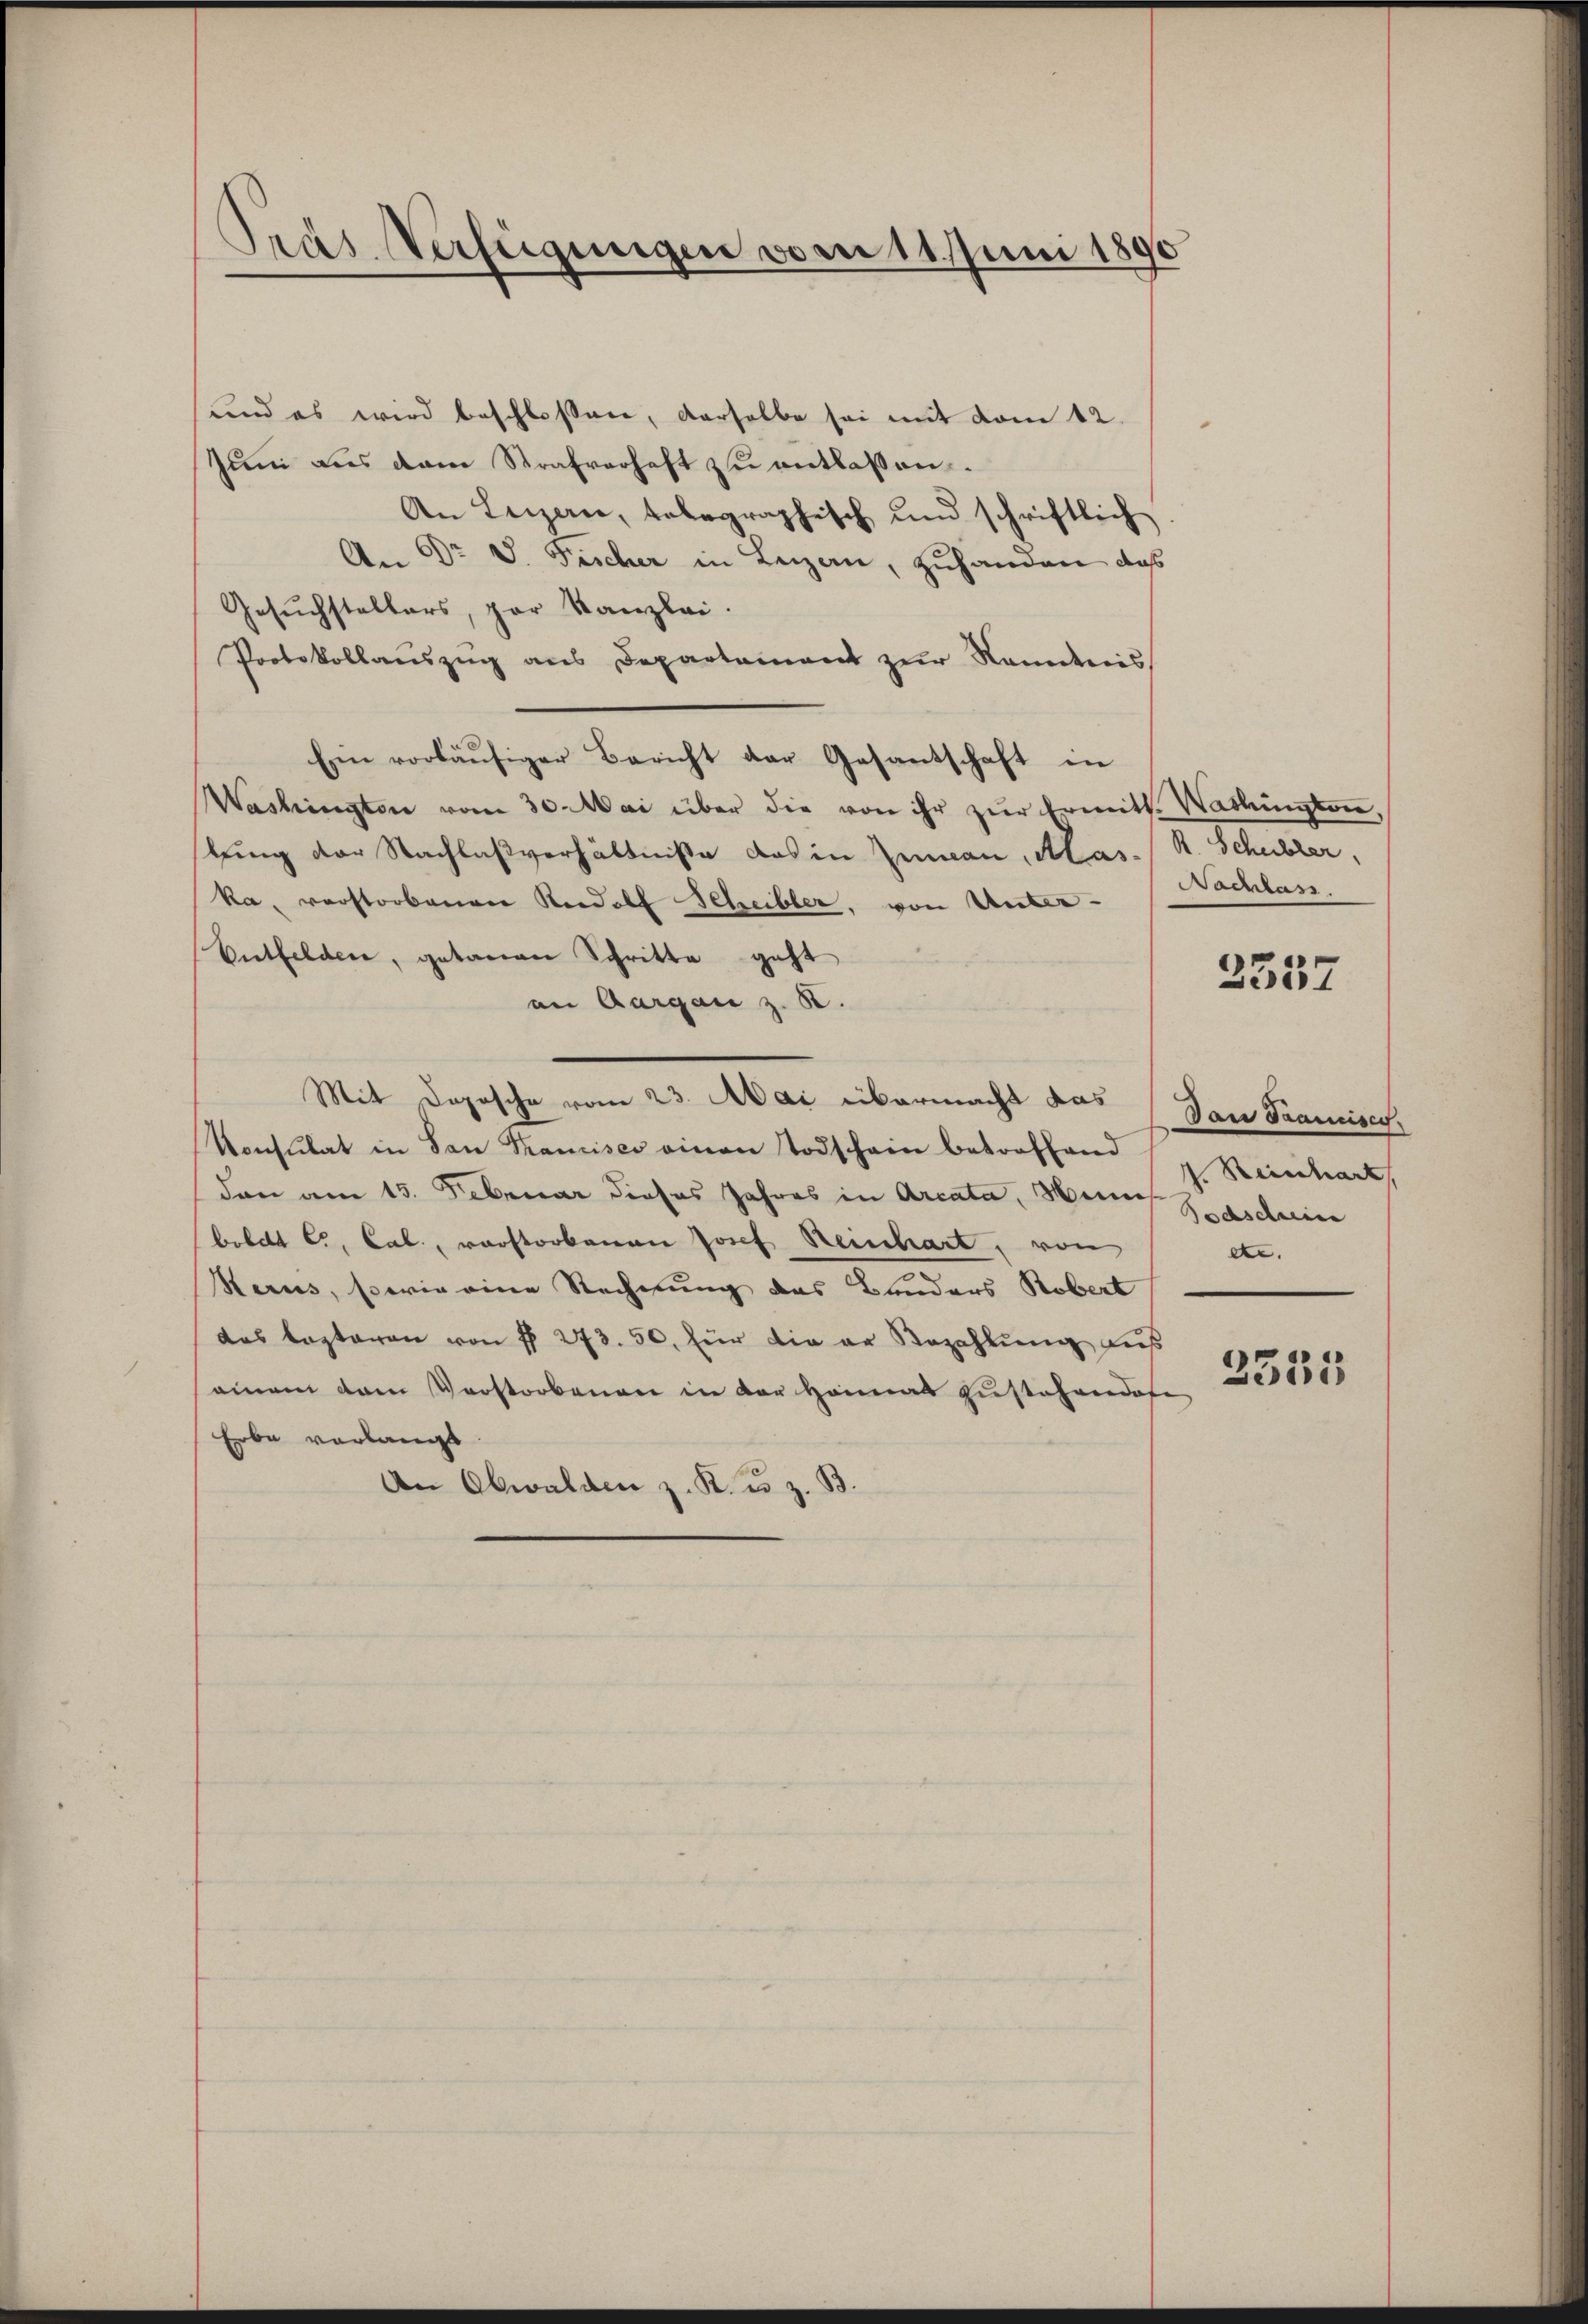
Pras Verfügungen vom 11. Juni 1890

und es wird beschlossen, derselbe sei mit vom 12.
Jŭni aus dem Strafverhaft zŭ entlassen.
An Luzern, telegraphisch und schriftlich
An Dr V. Fischer in Leizan, zuhanden das
Gesuchstellers, par Kanzlei.
Protokollaŭszŭg ans Departement zŭr Nandnis
Ein vorläŭfiger Bericht der Gesantschaft in
Washington vom 30. Mai über die von ihr zŭr Ermitt. Washington,
lung der Nachlaßverhältnisse das in Zuman, Mas- R. Schubler,
ka, verstorbenen Rudolf Scheibler, von Unter-
Entfelden, getanen Schritte geht
an Aargau z. B.
Mit Depesche vom 23. Mai übermacht das (Dan Tramisch,
Konsulat in San Kamises einen Todschein betroffend Reinhart,
dan am 15. Februar dieses Jahres in Arcata, Man Zasdein
bebett C., Cal, vorstorbenen Josef Reinhart, von
Kerus, sowie eine Rechnung das Bauders Robert
das lezteren von § 273. 50. für die er Bezahlŭng aus
einem dem Vorstorbenen in der Heimat zustehendofe
Erbe vorlangt
An Obwalden z. K. u. z. B.

Nochlass

2357

etc.

2535